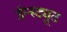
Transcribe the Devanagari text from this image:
इंन्स्ट्यूट